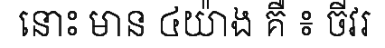
នោះ មាន ៤យ៉ាង គឺ ៖ ចីវរ